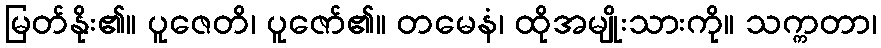
မြတ်နိုး၏။ ပူဇေတိ၊ ပူဇော်၏။ တမေနံ၊ ထိုအမျိုးသားကို။ သက္ကတာ၊